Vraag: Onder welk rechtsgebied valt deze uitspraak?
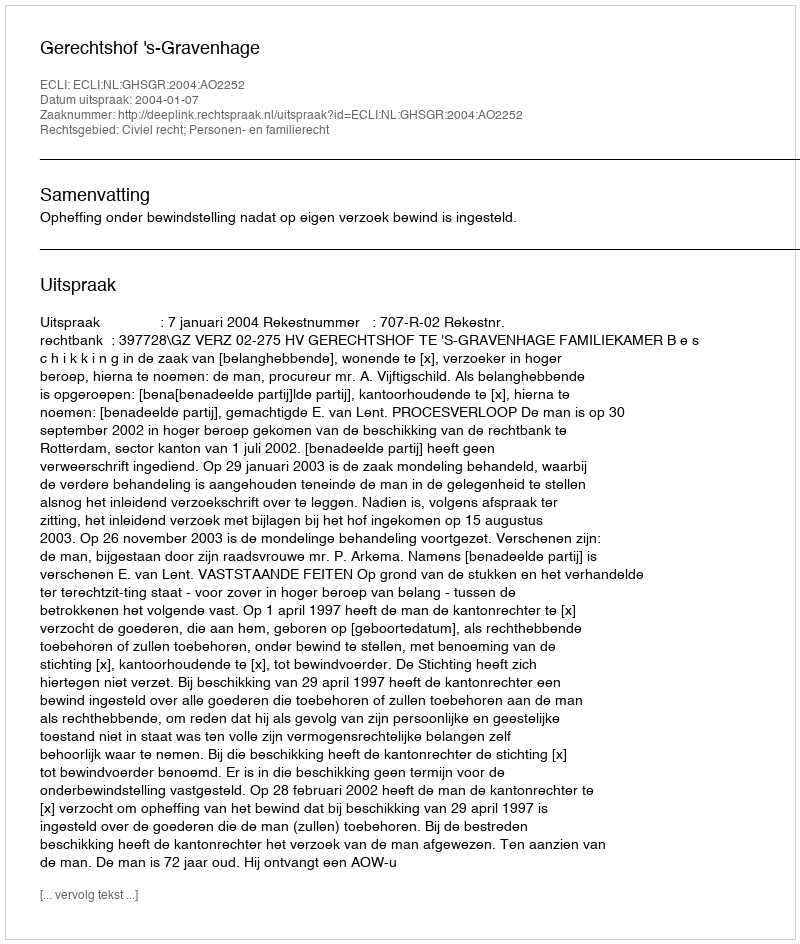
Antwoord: Civiel recht; Personen- en familierecht